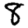
Digit: 8